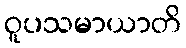
ဝူပသမာယာတိ